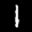
Label: 1